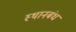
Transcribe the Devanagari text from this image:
स्थानबंध